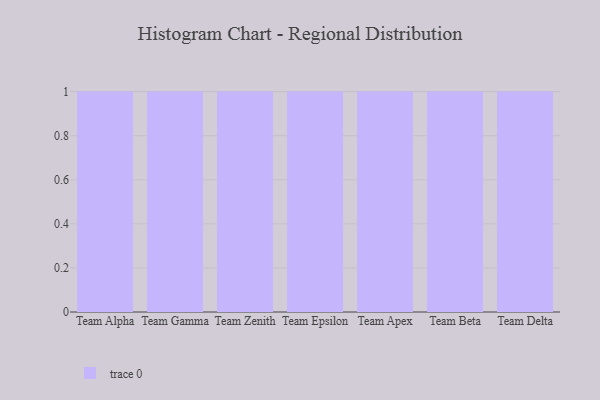
{"axis": {"x": "Team", "y": "Population (Million)"}, "legend": [""], "data": [{"x": "Team Alpha", "y": 53, "type": ""}, {"x": "Team Gamma", "y": 25, "type": ""}, {"x": "Team Zenith", "y": 62, "type": ""}, {"x": "Team Epsilon", "y": 86, "type": ""}, {"x": "Team Apex", "y": 63, "type": ""}, {"x": "Team Beta", "y": 22, "type": ""}, {"x": "Team Delta", "y": 46, "type": ""}]}